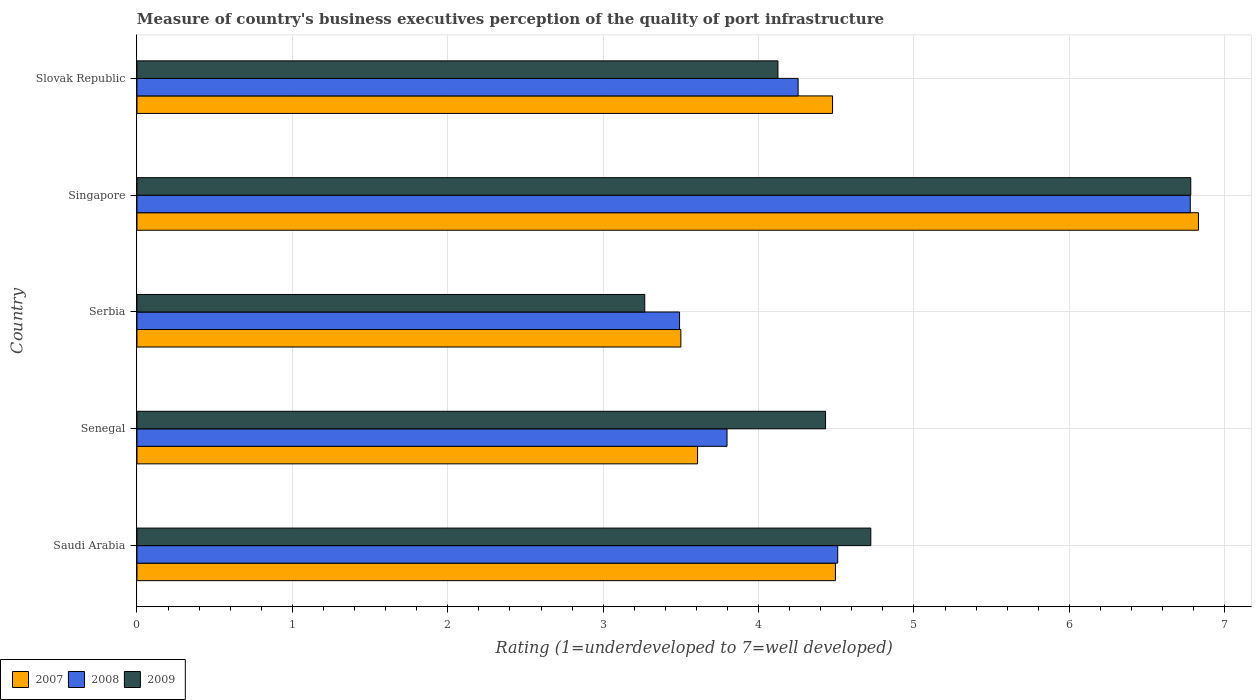
| Country | 2007 | 2008 | 2009 |
 | --- | --- | --- | --- |
 | Saudi Arabia | 4.49 | 4.51 | 4.72 |
 | Senegal | 3.61 | 3.8 | 4.43 |
 | Serbia | 3.5 | 3.49 | 3.27 |
 | Singapore | 6.83 | 6.78 | 6.78 |
 | Slovak Republic | 4.48 | 4.25 | 4.12 |